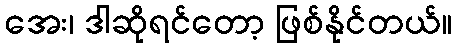
အေး၊ ဒါဆိုရင်တော့ ဖြစ်နိုင်တယ်။